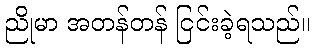
ညိုမာ အတန်တန် ငြင်းခဲ့ရသည်။